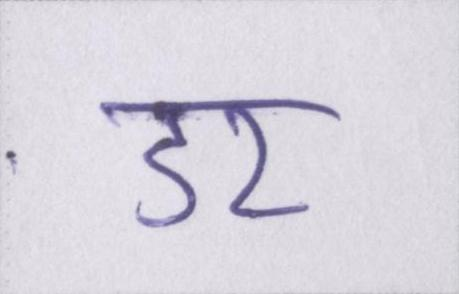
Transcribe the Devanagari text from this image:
डर